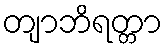
တျာဘိရတ္တာ